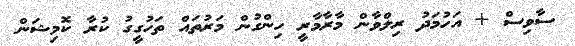
ސާވިސް + އަހުމަދު ރިލްވާން މާރާމާރީ ހިންގުން މަރުތައް ތަހުގީގު ކުރާ ކޮމިޝަން